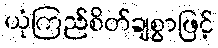
ယုံကြည်စိတ်ချစွာဖြင့်